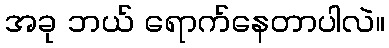
အခု ဘယ် ရောက်နေတာပါလဲ။